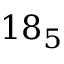
1 8 _ { 5 }